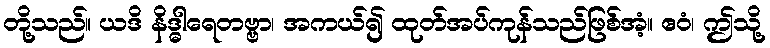
တို့သည်။ ယဒိ နိဒ္ဓါရေတဗ္ဗာ၊ အကယ်၍ ထုတ်အပ်ကုန်သည်ဖြစ်အံ့။ ဧဝံ၊ ဤသို့